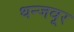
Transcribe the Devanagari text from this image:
थन्जवूर